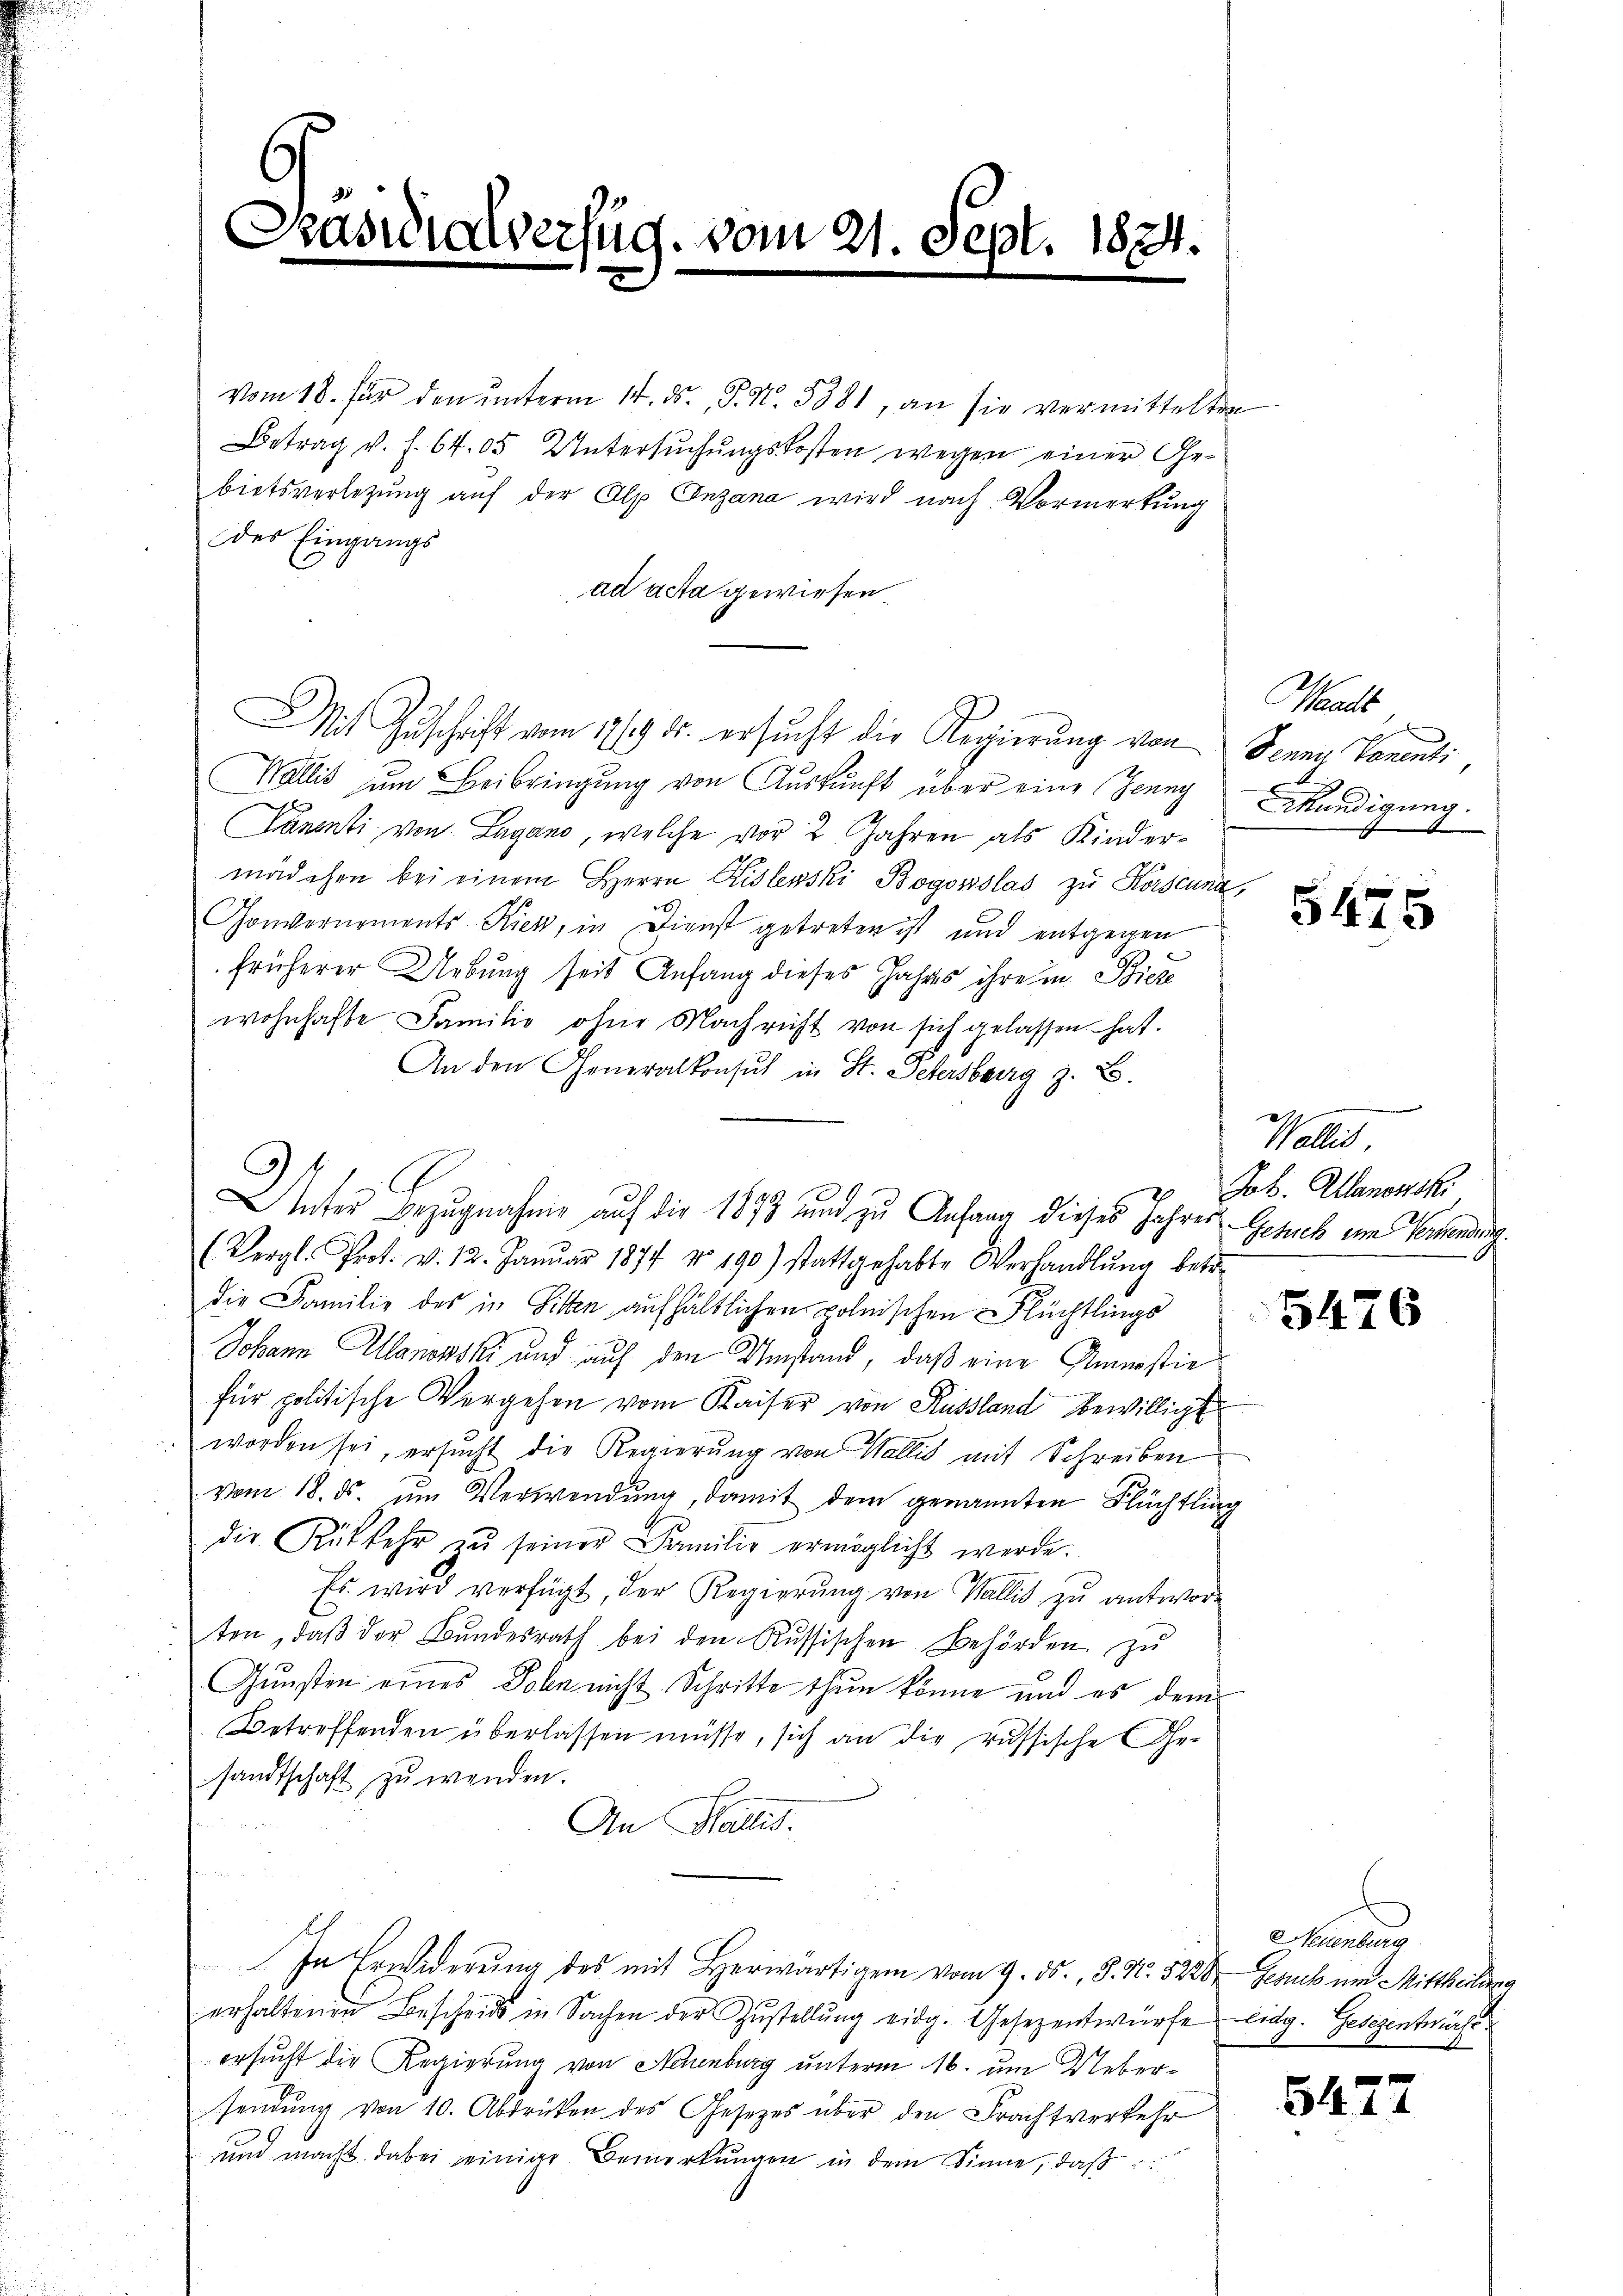
¬
Präsidialverfüg, vom 21. Sept. 1874.

vom 18. für den unterm 14. ds. P. Nr. 5381, an sie vermittelten
Betrag v. f. 64. 05 Untersŭchŭngskosten wegen einer Ge-
bietsverlegung auf der Alp Enzana wird nach Vormerkung
des Eingangs
ad acta gewiesen.
Wallis um Beibringung von Auskunft über eine Jenny Kündigung.
l
hanenti von Lugano, welche vor 2 Jahren als Kindermädchen bei einem Herrn Sidlewski Bogosslas zu Rorscuna
Gonvernoments Kiek, in Dienst getreten ist und entgegen
früherer Uebung seit Anfang dieses Jahres ihre in Biere
wohnhafte Familie ohne Nachricht von sich gelassen hat.
An den Generalkonsul in St. Petersburg z. B.
(Vergl. Prot. v. 12. Janŭar 1877 No 190) stattgehabte Verhandlŭng betr.
die Familie des in Sitten aufhältlichen polnischen Rüchtlings
Johann Allanowski und auf den Umstand, daß eine Amnisie
für politische Vergehen vom Kaiser von Russland bewilligt
worden sei, ersucht die Regierŭng von Wallis mit Schreiben
vom 18. ds. um Verwendung, damit dem genannten Flüchtling
die Rükkehr zŭ seiner Familie ermöglicht werde.
Es wird verfügt, der Regierung von Wallis zu antworten, daβ der Bŭndesrath bei den Russischen Behörden zŭ
Gunsten eines Polen nicht Schritte thun könne und es dem
Betreffenden überlassen müsse, sich an die russische Gesandtschaft zu wenden.
An Wallis.
In Erwiderung des mit Herwärtigen vom 9. ds., S. N. 5228, Gesuch um Mittheilung
erhaltenen Bescheids in Sachen der Zŭstellŭng eidg. Gesezentwürfe eidg. Gesezentwürfe
ersucht die Regierung von Neuenburg unterm 16. um Uebersendung von 10. Abdrüken des Gesetzes über den Frachtverkehr
und macht dabei einige Bemerkungen in dem Sinne, daß

Mit Zuschrift vom 17/19. ds. ersucht die Regierung von Jenny Parenti,

Unter Bezugnahme auf die 1873 und zu Anfang dieses Jahres Gerich im Verwendung

Waadt

5475

Wallis
Job. Allanowski

5476

Neuenburg

5472